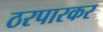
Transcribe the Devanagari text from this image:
ठरपारकर